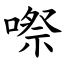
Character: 㗫